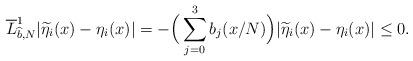
LaTeX: \begin{align*}& {\overline { L}}_{\widehat b, N}^1|\widetilde \eta_{i}(x)-\eta_{i}(x) |= -\Big(\sum\limits_{j=0}^3 b_j(x/N)\Big) |\widetilde \eta_i(x) - \eta_i(x)|\leq 0. \end{align*}